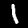
Digit: 1